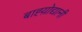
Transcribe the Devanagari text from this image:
बाह्य़ोद्यानी